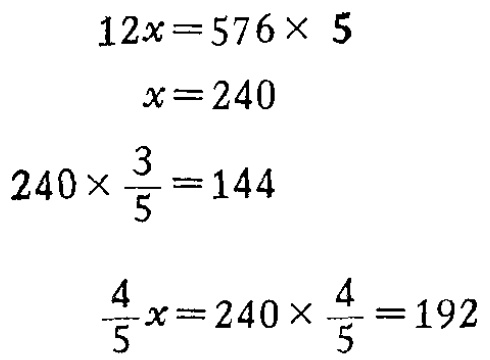
\[

\begin{align*}

12x&=576\times 5\\

x&=240\\

240\times\frac{3}{5}&=144\\

\frac{4}{5}x&=240\times\frac{4}{5}=192

\end{align*}

\]